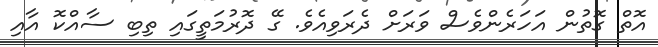
އޮތް ގޮތުން އަހަރެންވެސް ވަރަށް ދެރަވިއެވެ. ގޭ ދޮރުމަތީގައި ތިބި ސާއްކޮ އާއި